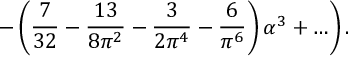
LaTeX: \left. - \left( { \frac { 7 } { 3 2 } } - { \frac { 1 3 } { 8 \pi ^ { 2 } } } - { \frac { 3 } { 2 \pi ^ { 4 } } } - { \frac { 6 } { \pi ^ { 6 } } } \right) \alpha ^ { 3 } + \ldots \right) .